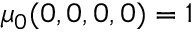
\mu _ { 0 } ( 0 , 0 , 0 , 0 ) = 1